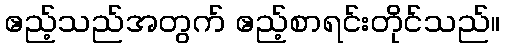
ဧည့်သည်အတွက် ဧည့်စာရင်းတိုင်သည်။